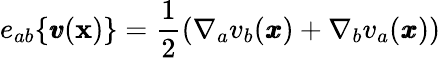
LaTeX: e_{ab}\{ {\pmb v}({\mathbf x})\} =\frac{1}{2}(\nabla_{a}v_{b}({\pmb x})+\nabla_{b}v_{a}({\pmb x}))